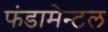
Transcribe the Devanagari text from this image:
फंडामेन्टल